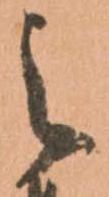
之